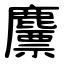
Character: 䴩